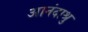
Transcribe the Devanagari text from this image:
आनंदाश्रु